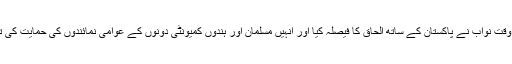
اس وقت نواب نے پاکستان کے ساتھ الحاق کا فیصلہ کیا اور انہیں مسلمان اور ہندوں کمیونٹی دونوں کے عوامی نمائندوں کی حمایت کی تھی۔